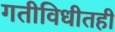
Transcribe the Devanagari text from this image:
गतीविधीतही